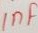
Text: 1µF